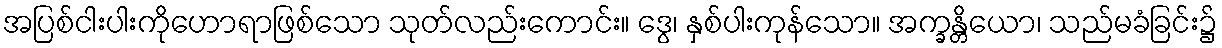
အပြစ်ငါးပါးကိုဟောရာဖြစ်သော သုတ်လည်းကောင်း။ ဒွေ၊ နှစ်ပါးကုန်သော။ အက္ခန္တိယော၊ သည်မခံခြင်း၌